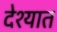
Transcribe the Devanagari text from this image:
देश्यात